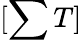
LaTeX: [\sum T]